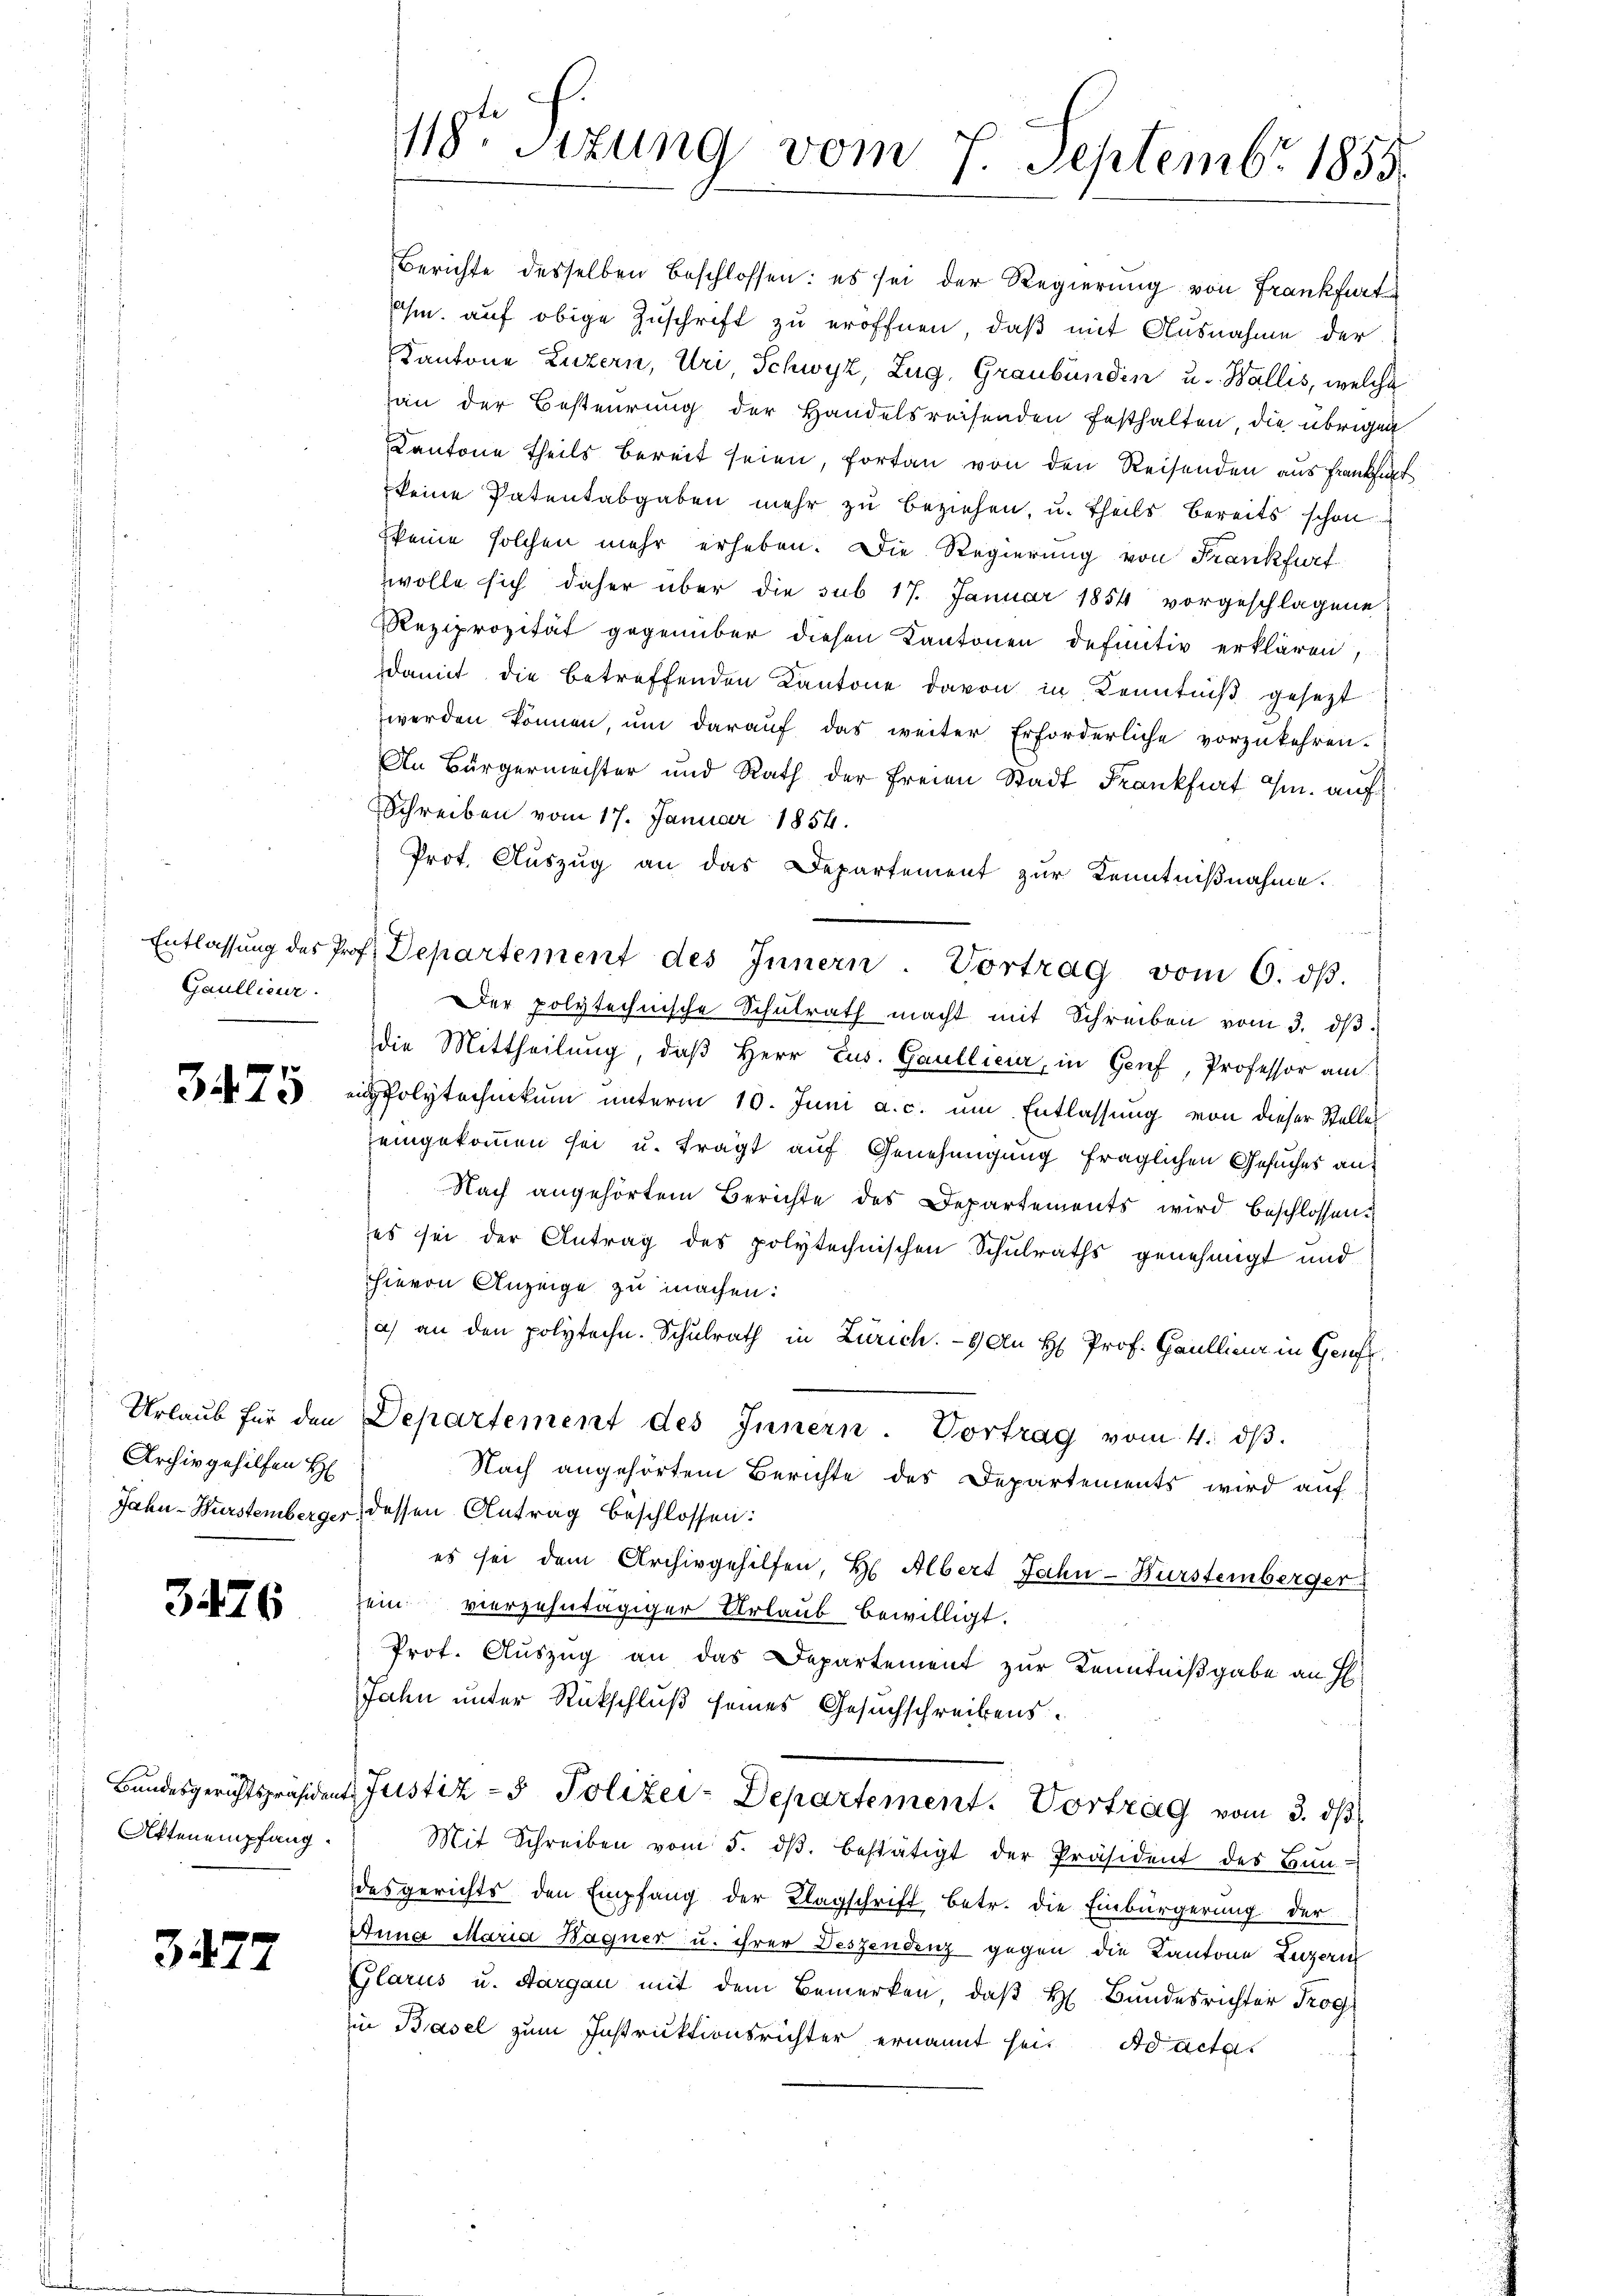
Gaullieur.

3475

Archiv gehilfen H

3476

Attenempfang.

3277

118ten Sizung vom 7. Septembr 1855.

Berichte desselben beschlossen: es sei der Regierung von Frankfurt
m. auf obige Zuschrift zu eröffnen, daß mit Ausnahme der
Kantone Luzern, Uri Schwyz, Zug, Graubünden u. Wallis, welche
an der Besteurung der Handelsreisenden festhalten, die übrigen
Kantone theils bereit seien, fortan von den Reisenden aus Frankhat
keine Patentabgaben mehr zu beziehen, u. theils bereits schon
keine solchen mehr erheben. Die Regierung von Frankfurt
wolle sich daher über die sub 17. Januar 1854 vorgeschlagene
Reziprozität gegenüber diesen Kantonen definitiv erklären,
damit die betreffenden Kantone davon in Kenntniß gesezt
werden können, ŭm daraŭf das weiter Erforderliche vorzukehren.
An Bürgermachter und Rath der freien Stadt Frankfiat G. auf
Schreiben vom 17. Januar 1854.
Prot. Auszug an das Departement zur Kenntnißnahme.
h
Entlassŭng des Prof. Departement des Innern Vortrag vom 6. dβ.
Der polytechnische Schŭlrath macht mit Schreiben vom 3. dβ.
die Mittheilung, daß Herr Lus. Gaullieur, in Genf, Professor am
Polytechnikum unterm 10. Juni a. c. um Entlassung von dieser Stalles
eingekommen sei u. trägt auf Genehmigung fraglichen Gesuches an¬
Nach angehörtem Berichte des Departements wird beschlossen:
es sei der Antrag des polytechnischen Schulraths genehmigt und
hievon Anzeige zu machen:
a) an den polytechn. Schulrath in Zürich. - 6) An H. Prof. Gaullina in Genf
Urlaŭb für den Departement des Innern. Vortrag vom 4. dβ.
Nach angehörtem Berichte des Departements wird auf
Jahn-Würstemberger, dessen Antrag beschlossen:
es sei dem Archivgehilfen, H. Albert Jahn-Hürstemberger
ein vierzehntägiger Urlaub bewilligt.
Prot. Auszug an das Departement zur Kenntnißgabe an H
Jahn unter Rückschluß seines Gesuchschreibens
Bundesgerichtspräsident Justiz- & Polizer-Departement. Vortrag vom 3. ds
Mit Schreiben vom 5. dβ bestätigt der Präsident des Bŭn-
desgerichts den Empfang der Klagschrift betr. die Einbürgerung der
Anna Maria Hagner u. ihrer Deszendenz gegen die Kantone Luzern
Glarus u. Aargau mit dem Bemerken, daß H. Bundesrichter Trog
in Basel zum Instruktionsrichter ernannt sei. Ad acta